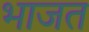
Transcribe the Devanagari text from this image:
भाजत